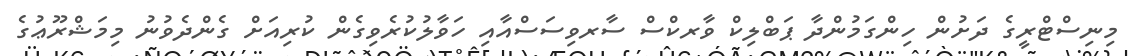
މިނިސްޓްރީގެ ދަށުން ހިންގަމުންދާ ޕަބްލިކް ވާރކްސް ސާރވިސަސްއާއި ހަވާލުކުރެވިގެން ކުރިއަށް ގެންދެވުނު މިމަޝްރޫޢުގެ